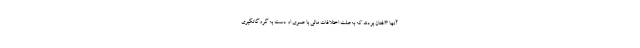
آنها 3افغان بودند که به‌علت اختلافات مالی با عموی او دست به گروگانگیری